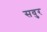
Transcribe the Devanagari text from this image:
सवुर